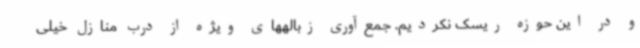
و در این حوزه ریسک نکردیم. جمع‌آوری زبالههای ویژه از درب منازل خیلی